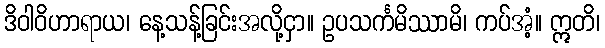
ဒိဝါဝိဟာရာယ၊ နေ့သန့်ခြင်းအလို့ငှာ။ ဥပသင်္ကမိဿာမိ၊ ကပ်အံ့။ ဣတိ၊